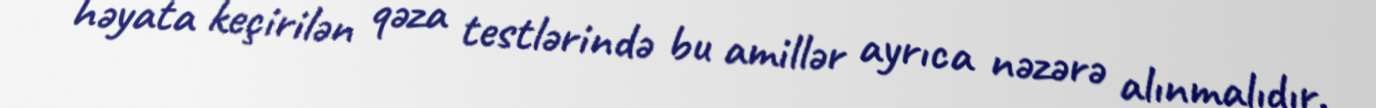
həyata keçirilən qəza testlərində bu amillər ayrıca nəzərə alınmalıdır.